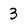
Character: 3